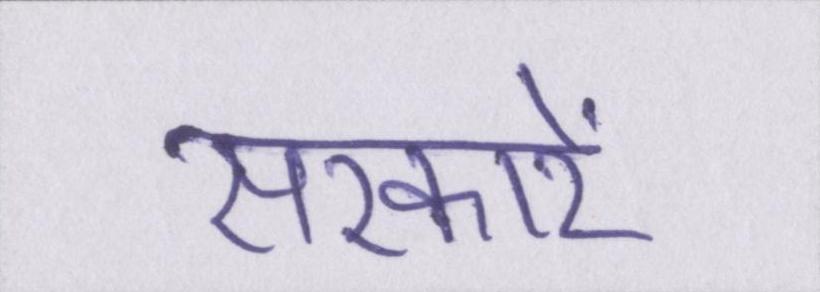
सरकारें